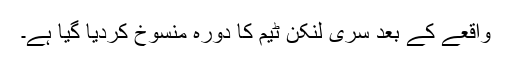
واقعے کے بعد سری لنکن ٹیم کا دورہ منسوخ کردیا گیا ہے۔